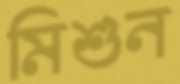
মিশুন